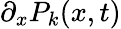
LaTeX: \partial_{x}P_{k}(x,t)